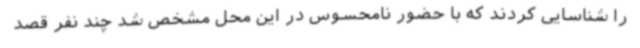
را شناسایی کردند که با حضور نامحسوس در این محل مشخص شد چند نفر قصد